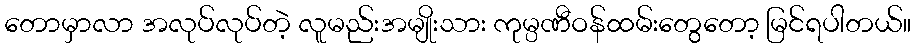
တောမှာလာ အလုပ်လုပ်တဲ့ လူမည်းအမျိုးသား ကုမ္ပဏီဝန်ထမ်းတွေတော့ မြင်ရပါတယ်။